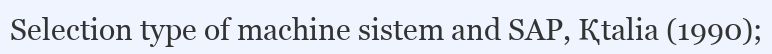
Selectіon type of machіne sіstem and SAP, Қtalіa (1990);